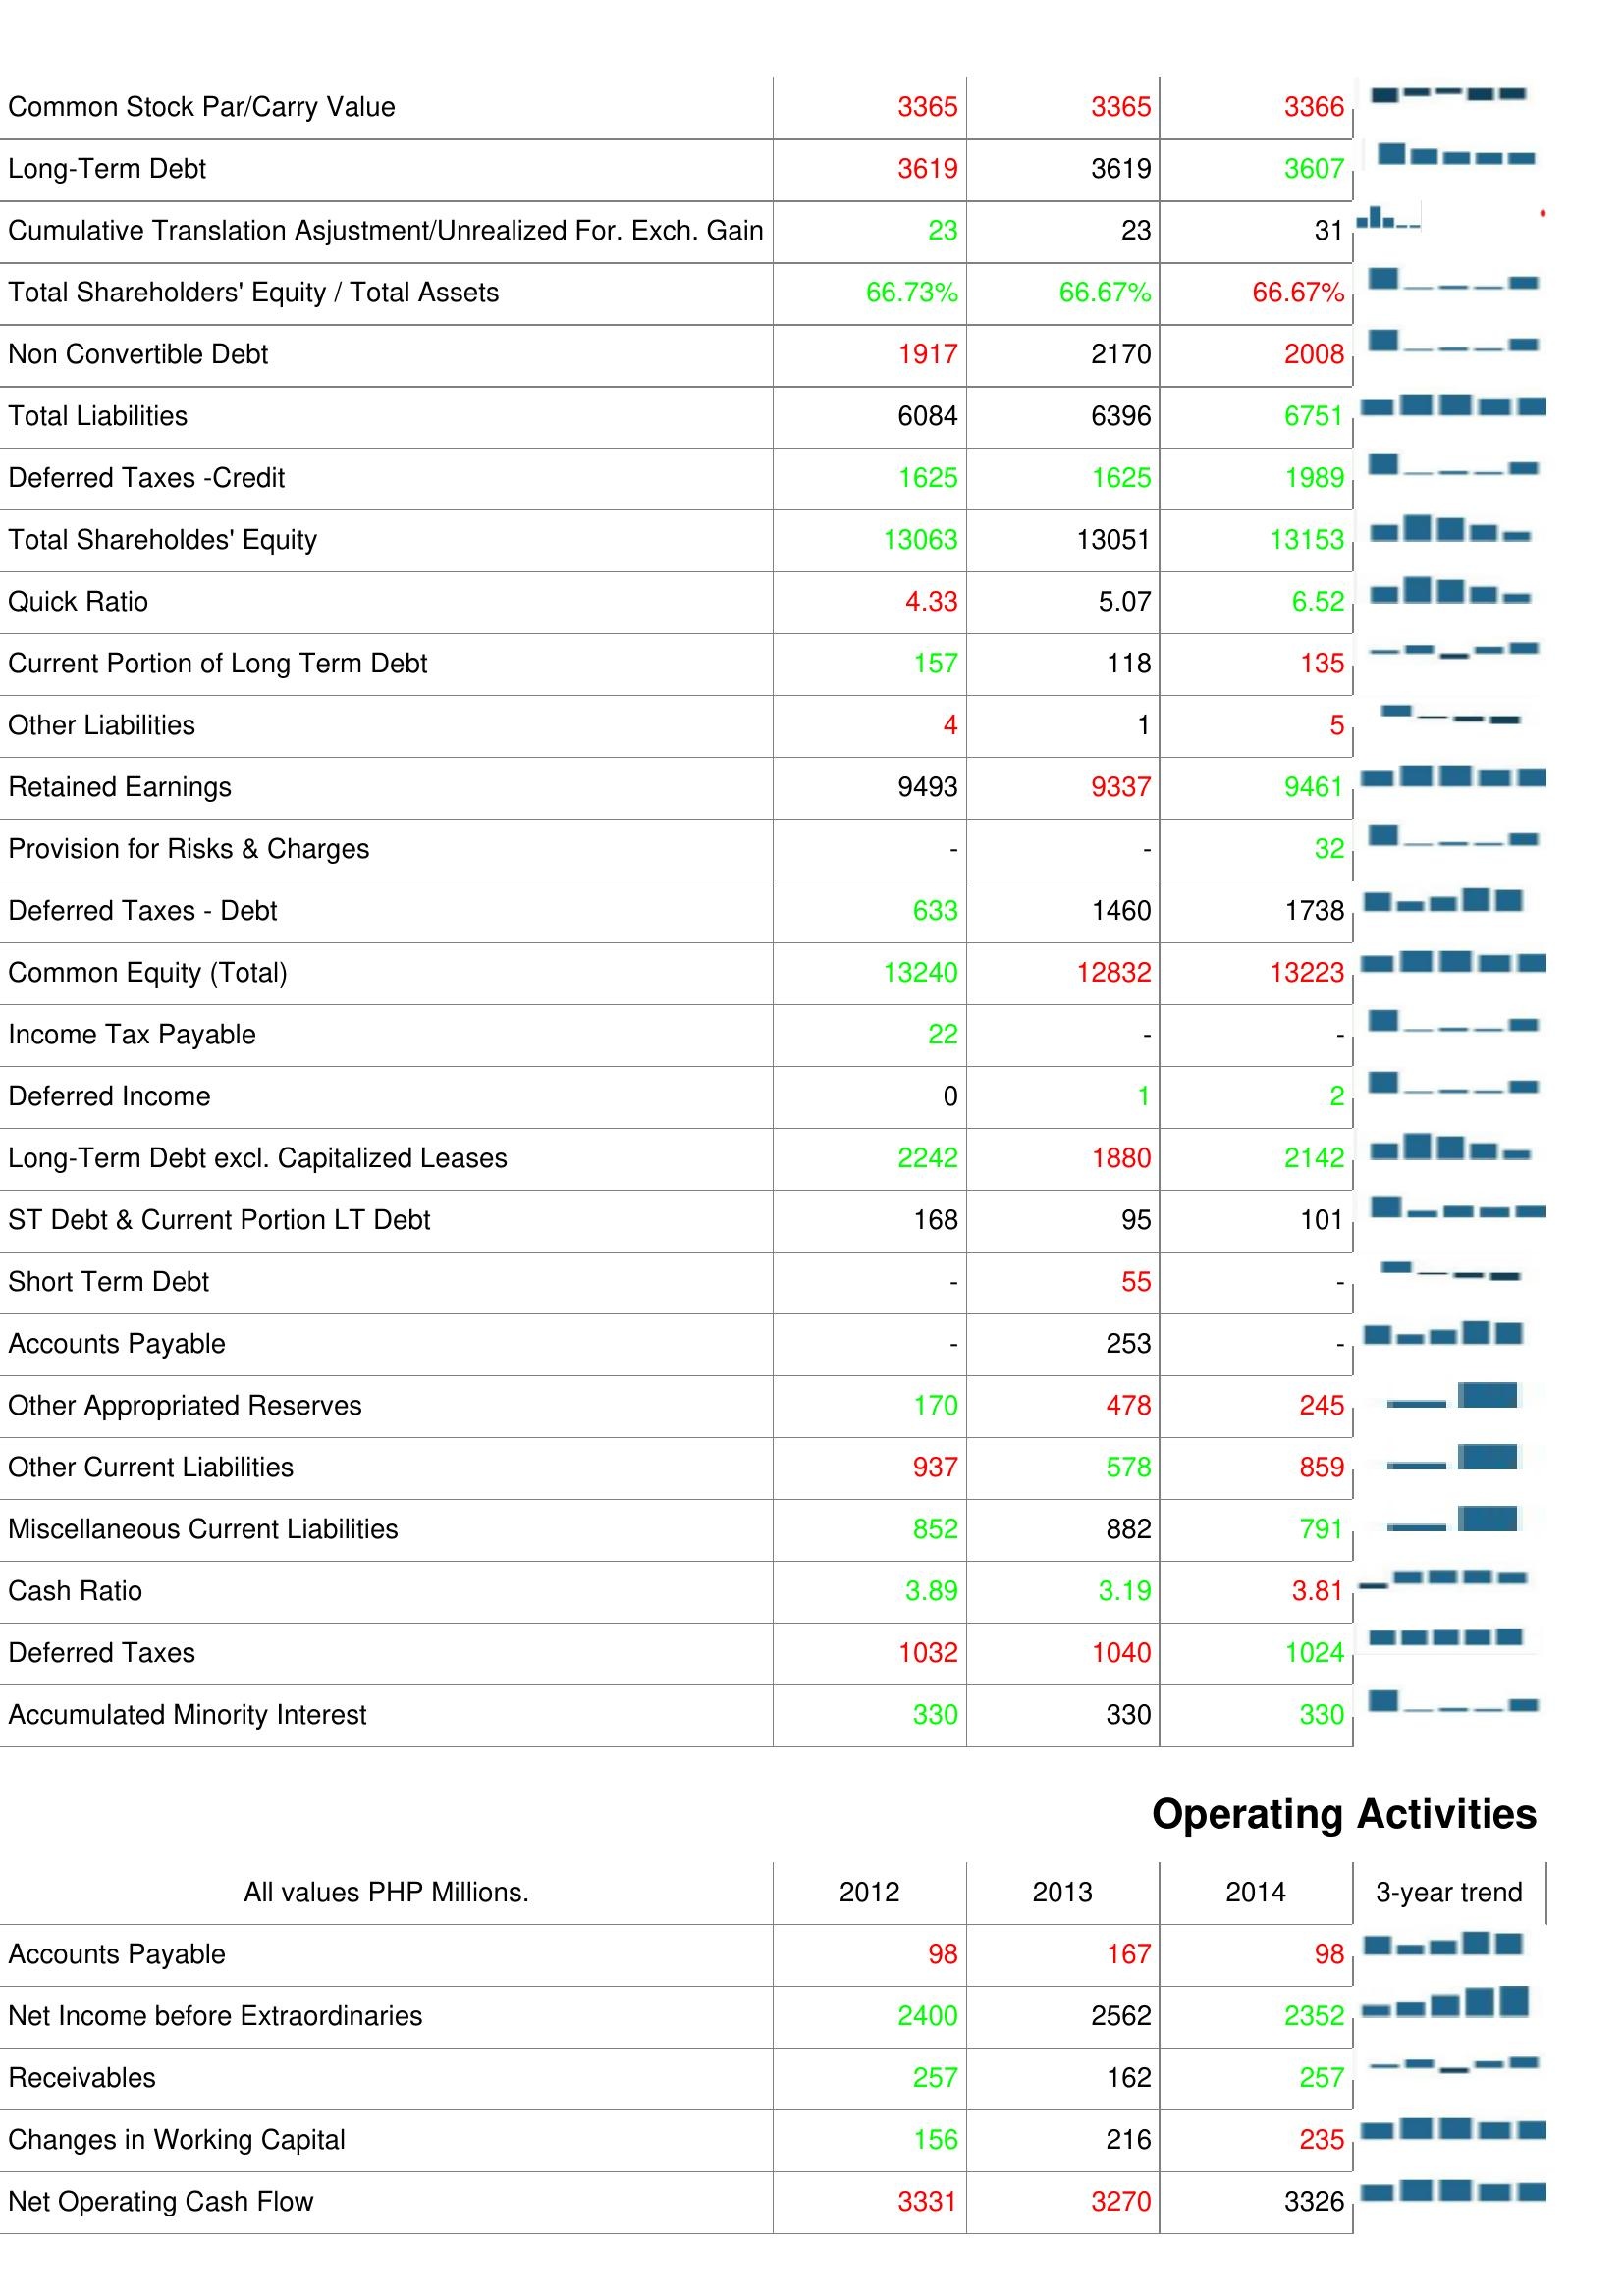
2012: Liabilities & Shareholder's Equity: Common Stock Par/Carry Value: 3365
Long-Term Debt: 3619
Cumulative Translation Asjustment/Unrealized For. Exch. Gain: 23
Total Shareholders' Equity / Total Assets: 66.73%
Non Convertible Debt: 1917
Total Liabilities: 6084
Deferred Taxes -Credit: 1625
Total Shareholdes' Equity: 13063
Quick Ratio: 4.33
Current Portion of Long Term Debt: 157
Other Liabilities: 4
Retained Earnings: 9493
Provision for Risks & Charges: -
Deferred Taxes - Debt: 633
Common Equity (Total): 13240
Income Tax Payable: 22
Deferred Income: 0
Long-Term Debt excl. Capitalized Leases: 2242
ST Debt & Current Portion LT Debt: 168
Short Term Debt: -
Accounts Payable: -
Other Appropriated Reserves: 170
Other Current Liabilities: 937
Miscellaneous Current Liabilities: 852
Cash Ratio: 3.89
Deferred Taxes: 1032
Accumulated Minority Interest: 330
Operating Activities: Accounts Payable: 98
Net Income before Extraordinaries: 2400
Receivables: 257
Changes in Working Capital: 156
Net Operating Cash Flow: 3331
2013: Liabilities & Shareholder's Equity: Common Stock Par/Carry Value: 3365
Long-Term Debt: 3619
Cumulative Translation Asjustment/Unrealized For. Exch. Gain: 23
Total Shareholders' Equity / Total Assets: 66.67%
Non Convertible Debt: 2170
Total Liabilities: 6396
Deferred Taxes -Credit: 1625
Total Shareholdes' Equity: 13051
Quick Ratio: 5.07
Current Portion of Long Term Debt: 118
Other Liabilities: 1
Retained Earnings: 9337
Provision for Risks & Charges: -
Deferred Taxes - Debt: 1460
Common Equity (Total): 12832
Income Tax Payable: -
Deferred Income: 1
Long-Term Debt excl. Capitalized Leases: 1880
ST Debt & Current Portion LT Debt: 95
Short Term Debt: 55
Accounts Payable: 253
Other Appropriated Reserves: 478
Other Current Liabilities: 578
Miscellaneous Current Liabilities: 882
Cash Ratio: 3.19
Deferred Taxes: 1040
Accumulated Minority Interest: 330
Operating Activities: Accounts Payable: 167
Net Income before Extraordinaries: 2562
Receivables: 162
Changes in Working Capital: 216
Net Operating Cash Flow: 3270
2014: Liabilities & Shareholder's Equity: Common Stock Par/Carry Value: 3366
Long-Term Debt: 3607
Cumulative Translation Asjustment/Unrealized For. Exch. Gain: 31
Total Shareholders' Equity / Total Assets: 66.67%
Non Convertible Debt: 2008
Total Liabilities: 6751
Deferred Taxes -Credit: 1989
Total Shareholdes' Equity: 13153
Quick Ratio: 6.52
Current Portion of Long Term Debt: 135
Other Liabilities: 5
Retained Earnings: 9461
Provision for Risks & Charges: 32
Deferred Taxes - Debt: 1738
Common Equity (Total): 13223
Income Tax Payable: -
Deferred Income: 2
Long-Term Debt excl. Capitalized Leases: 2142
ST Debt & Current Portion LT Debt: 101
Short Term Debt: -
Accounts Payable: -
Other Appropriated Reserves: 245
Other Current Liabilities: 859
Miscellaneous Current Liabilities: 791
Cash Ratio: 3.81
Deferred Taxes: 1024
Accumulated Minority Interest: 330
Operating Activities: Accounts Payable: 98
Net Income before Extraordinaries: 2352
Receivables: 257
Changes in Working Capital: 235
Net Operating Cash Flow: 3326